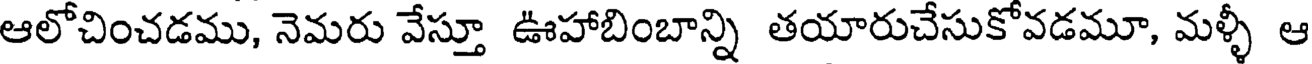
ఆలోచించడము, నెమరు వేస్తూ ఊహాబింబాన్ని తయారుచేసుకోవడమూ, మళ్ళీ ఆ